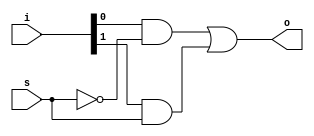
`timescale 1ns / 1ps
//////////////////////////////////////////////////////////////////////////////////
// Company: 
// Engineer: 
// 
// Design Name: 
// Module Name:    mux_21 
// Project Name: 
// Target Devices: 
// Tool versions: 
// Description: 
//
// Dependencies: 
//
// Revision: 
// Revision 0.01 - File Created
// Additional Comments: 
//
//////////////////////////////////////////////////////////////////////////////////
module mux_21(o, i, s);
	input [1:0]i;
	input s;
	output o;
	wire w1, w2, w3;
	
	not not1(w1, s);
	and and1(w2, i[0], w1);
	and and2(w3, i[1], s);
	or or1(o, w2, w3);
	

endmodule